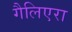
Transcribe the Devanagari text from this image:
गैलिएरा